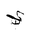
Letter: _ya